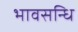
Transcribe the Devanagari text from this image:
भावसन्धि